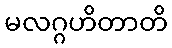
မလဂ္ဂဟိတာတိ